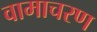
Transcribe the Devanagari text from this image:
वामाचरण